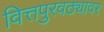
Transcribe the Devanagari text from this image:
वित्तपुरवठ्यावर